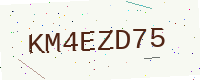
Text: KM4EZD75